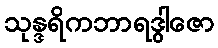
သုန္ဒရိကဘာရဒွါဇော